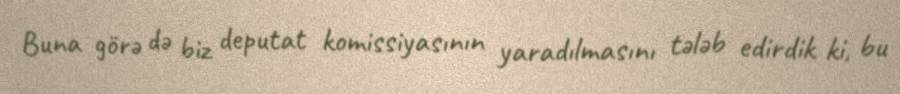
Buna görə də biz deputat komissiyasının yaradılmasını tələb edirdik ki, bu